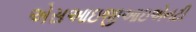
એસઆઇજીઆઇએનટી